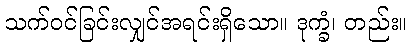
သက်ဝင်ခြင်းလျှင်အရင်းရှိသော။ ဒုက္ခံ၊ တည်း။